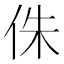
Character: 侏